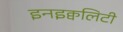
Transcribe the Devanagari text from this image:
इनइक्वलिटी